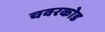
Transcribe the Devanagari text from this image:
चवरकोड